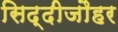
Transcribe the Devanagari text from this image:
सिद्दीजौहर